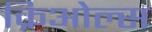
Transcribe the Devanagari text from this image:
क्रिओल्स